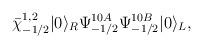
LaTeX: \begin{align*}\bar\chi^{1,2}_{-1/2}|0\rangle_R\Psi^{10A}_{-1/2}\Psi^{10B}_{-1/2}|0\rangle_L,\end{align*}